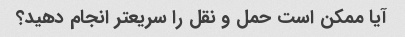
آیا ممکن است حمل و نقل را سریعتر انجام دهید؟